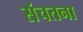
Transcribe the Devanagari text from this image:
संचतना